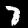
Digit: 7